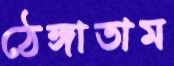
ঠেঙ্গাতাম